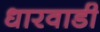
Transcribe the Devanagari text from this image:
धारवाडी